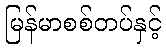
မြန်မာစစ်တပ်နှင့်